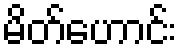
မိတ်ဟောင်း